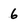
Character: 6